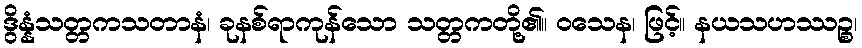
ဒွိန္နံသတ္တကသတာနံ၊ ခုနစ်ရာကုန်သော သတ္တကတို့၏။ ဝသေန၊ ဖြင့်။ နယသဟဿဉ္စ၊